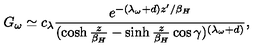
G _ { \omega } \simeq c _ { \lambda } { \frac { e ^ { - ( \lambda _ { \omega } + d ) z ^ { \prime } / \beta _ { H } } } { ( \cosh { \frac { z } { \beta _ { H } } } - \sinh { \frac { z } { \beta _ { H } } } \cos \gamma ) ^ { ( \lambda _ { \omega } + d ) } } } ,